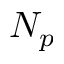
N _ { p }